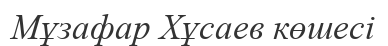
Мұзафар Хұсаев көшесі